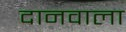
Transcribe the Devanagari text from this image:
दानवाला